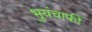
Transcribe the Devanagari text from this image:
भुयंचाफीं